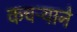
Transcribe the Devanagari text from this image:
कचऱ्याने